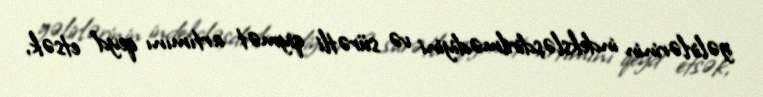
gəlirlərinin indeksləşdirilmədiyini və sürətli qiymət artımını qeyd etsək,